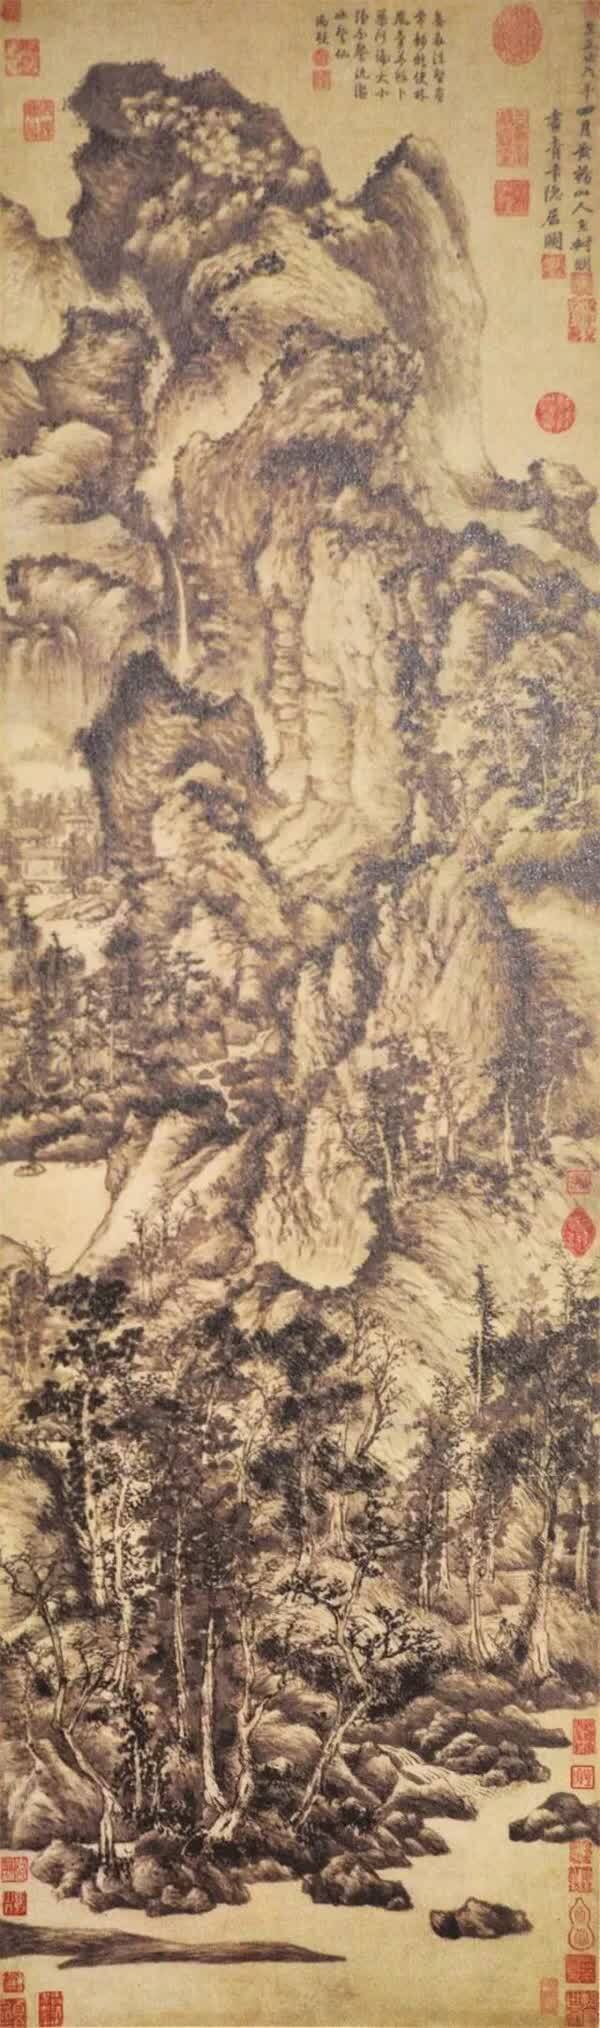
燕子斜阳来又去，如此江山。